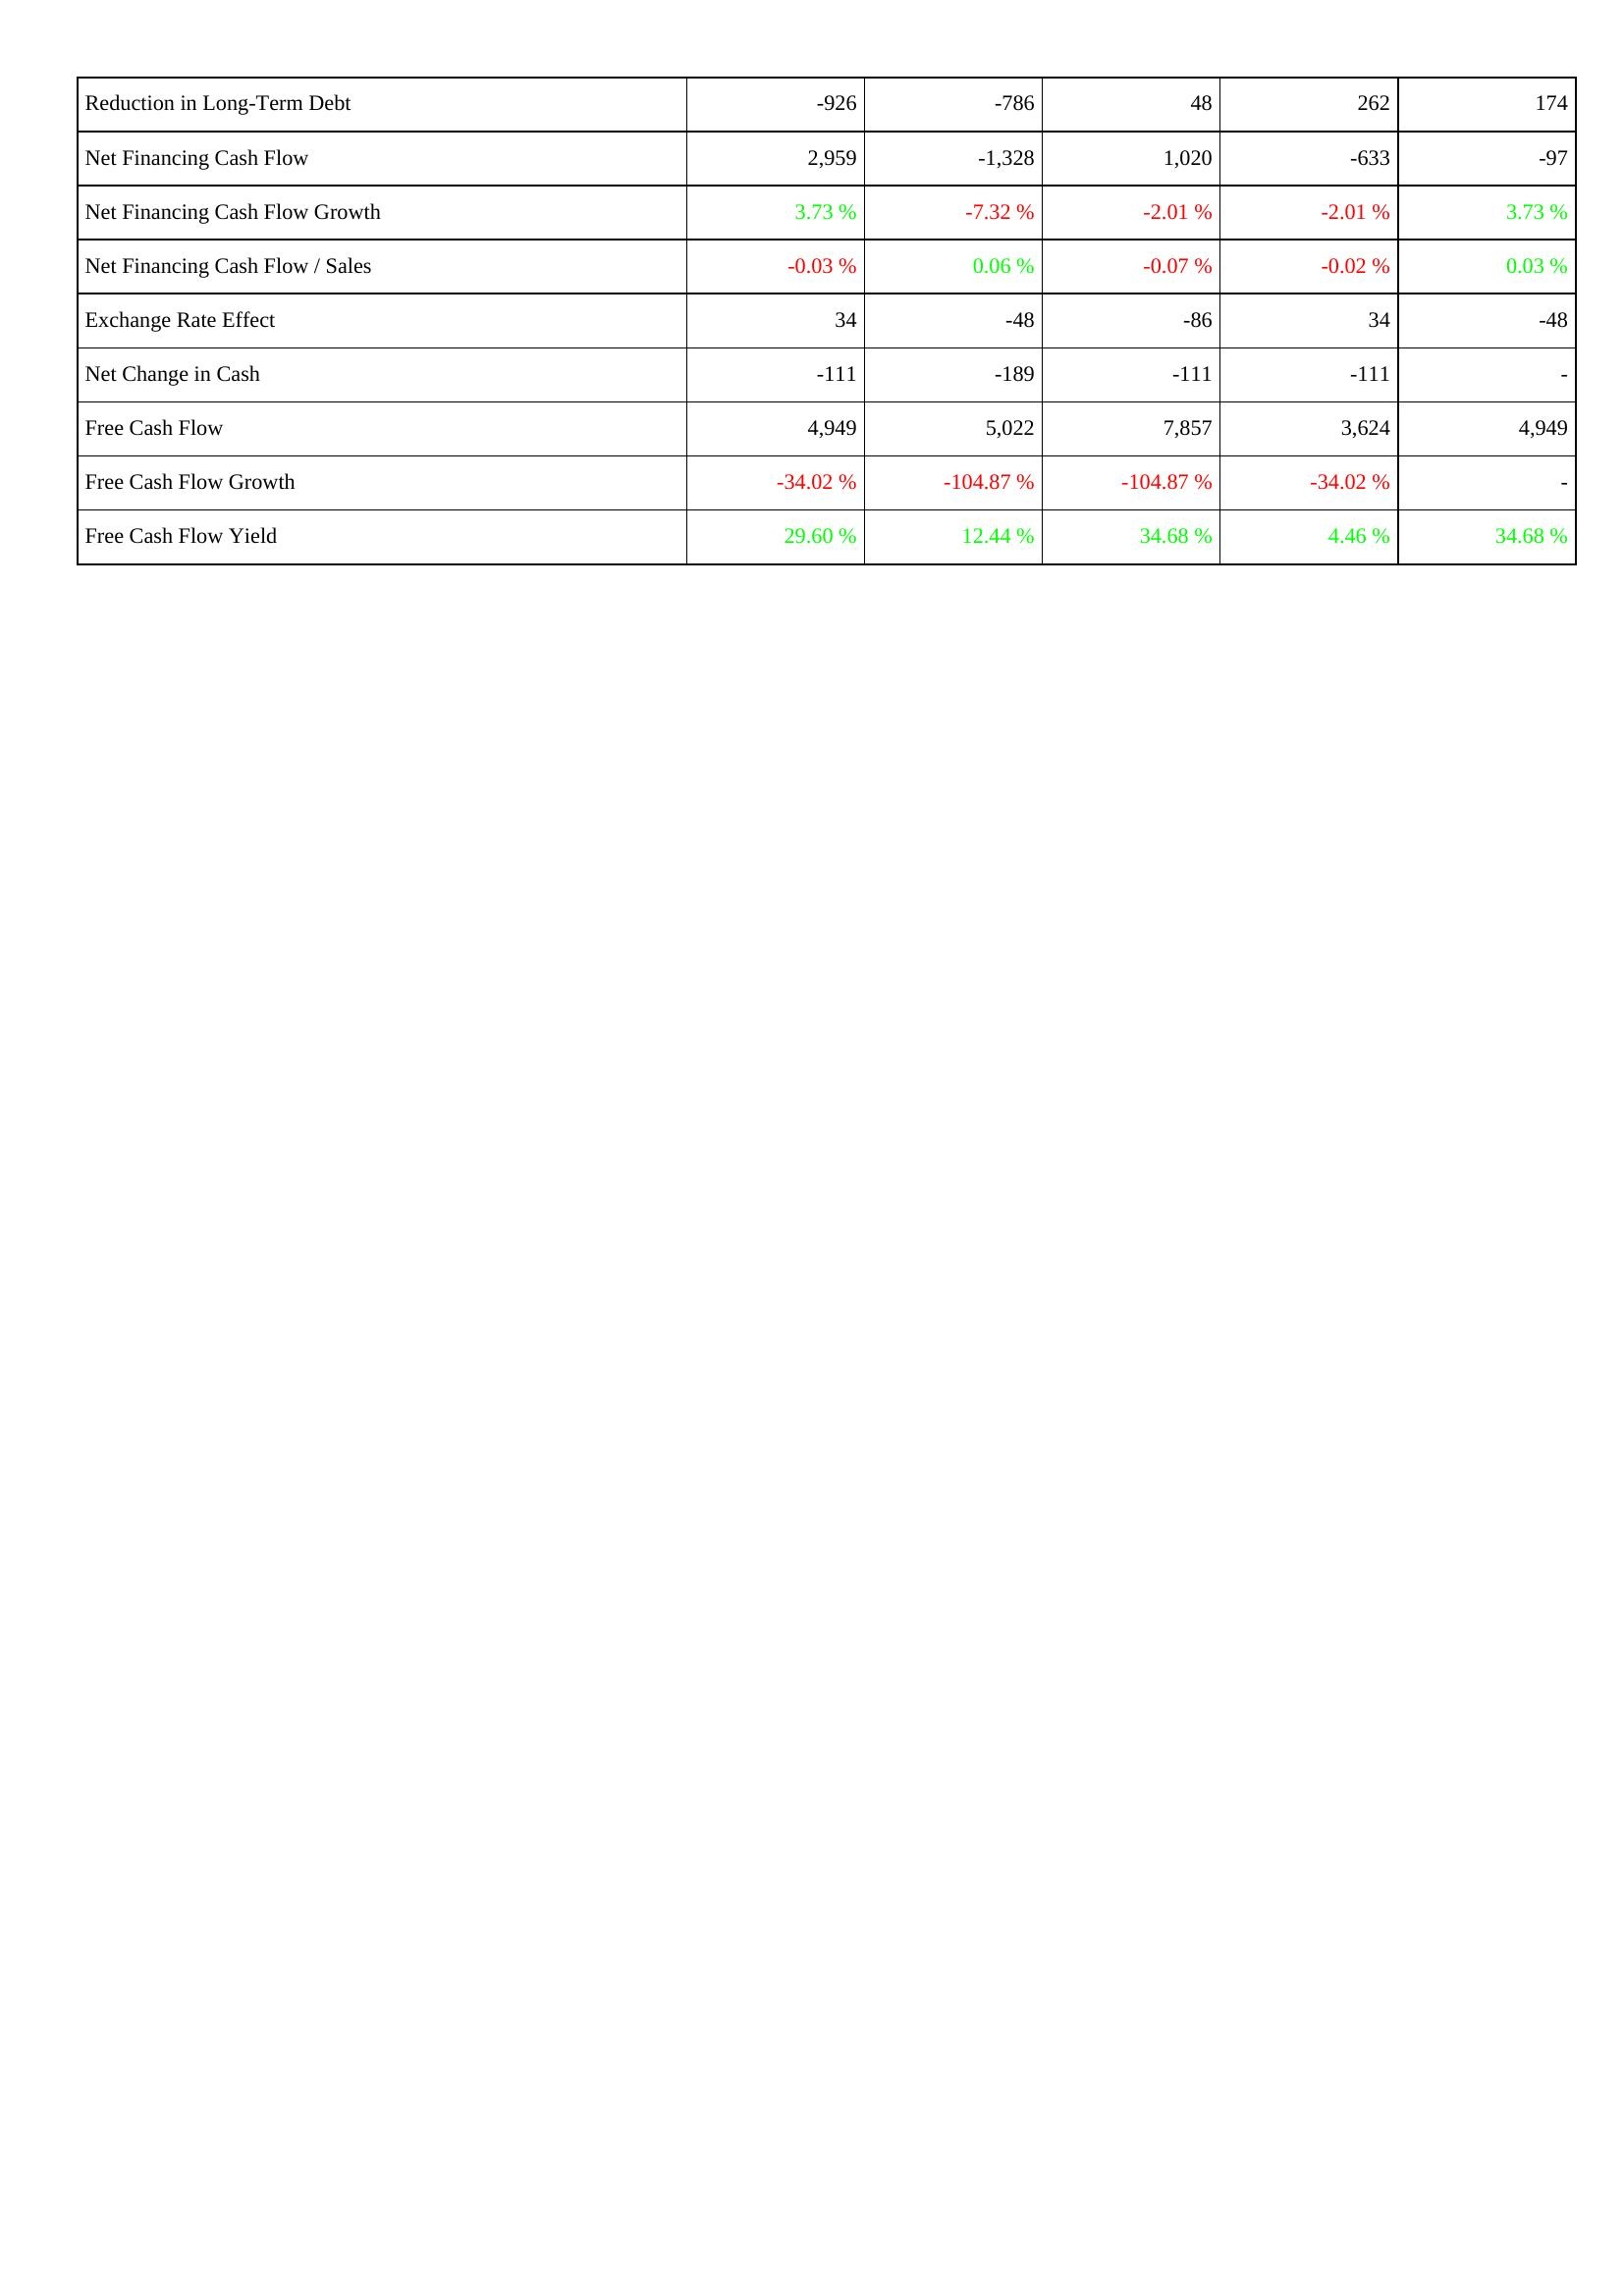
2011: Financing Activities: Reduction in Long-Term Debt: -926
Net Financing Cash Flow: 2,959
Net Financing Cash Flow Growth: 3.73 %
Net Financing Cash Flow / Sales: -0.03 %
Exchange Rate Effect: 34
Net Change in Cash: -111
Free Cash Flow: 4,949
Free Cash Flow Growth: -34.02 %
Free Cash Flow Yield: 29.60 %
2012: Financing Activities: Reduction in Long-Term Debt: -786
Net Financing Cash Flow: -1,328
Net Financing Cash Flow Growth: -7.32 %
Net Financing Cash Flow / Sales: 0.06 %
Exchange Rate Effect: -48
Net Change in Cash: -189
Free Cash Flow: 5,022
Free Cash Flow Growth: -104.87 %
Free Cash Flow Yield: 12.44 %
2013: Financing Activities: Reduction in Long-Term Debt: 48
Net Financing Cash Flow: 1,020
Net Financing Cash Flow Growth: -2.01 %
Net Financing Cash Flow / Sales: -0.07 %
Exchange Rate Effect: -86
Net Change in Cash: -111
Free Cash Flow: 7,857
Free Cash Flow Growth: -104.87 %
Free Cash Flow Yield: 34.68 %
2014: Financing Activities: Reduction in Long-Term Debt: 262
Net Financing Cash Flow: -633
Net Financing Cash Flow Growth: -2.01 %
Net Financing Cash Flow / Sales: -0.02 %
Exchange Rate Effect: 34
Net Change in Cash: -111
Free Cash Flow: 3,624
Free Cash Flow Growth: -34.02 %
Free Cash Flow Yield: 4.46 %
2015: Financing Activities: Reduction in Long-Term Debt: 174
Net Financing Cash Flow: -97
Net Financing Cash Flow Growth: 3.73 %
Net Financing Cash Flow / Sales: 0.03 %
Exchange Rate Effect: -48
Net Change in Cash: -
Free Cash Flow: 4,949
Free Cash Flow Growth: -
Free Cash Flow Yield: 34.68 %